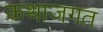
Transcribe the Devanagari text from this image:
कथाजगत